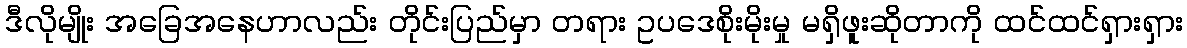
ဒီလိုမျိုး အခြေအနေဟာလည်း တိုင်းပြည်မှာ တရား ဥပဒေစိုးမိုးမှု မရှိဖူးဆိုတာကို ထင်ထင်ရှားရှား